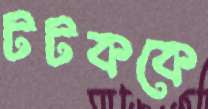
টটককে